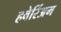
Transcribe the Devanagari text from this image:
हबेर्रिअम